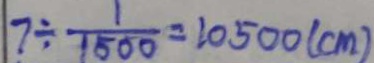
7 \div \frac { 1 } { 1 5 0 0 } = 1 0 5 0 0 ( c m )